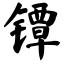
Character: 镡